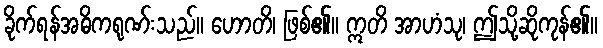
ခိုက်ရန်အဓိကရုဏ်းသည်။ ဟောတိ၊ ဖြစ်၏။ ဣတိ အာဟံသု၊ ဤသို့ဆိုကုန်၏။